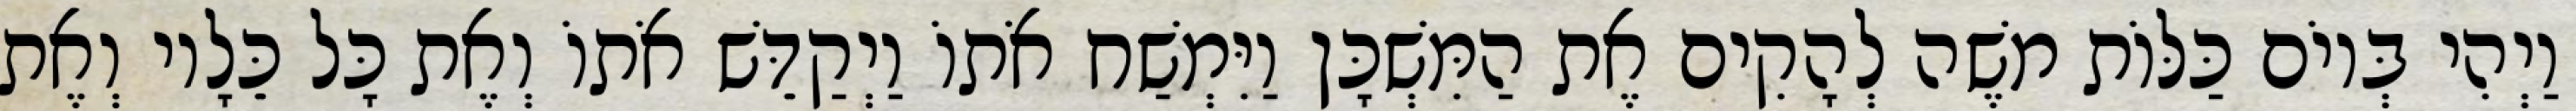
וַיְהִי בְּיוֹם כַּלּוֹת משֶׁה לְהָקִים אֶת הַמִּשְׁכָּן וַיִּמְשַׁח אֹתוֹ וַיְקַדֵּשׁ אֹתוֹ וְאֶת כָּל כֵּלָיו וְאֶת